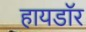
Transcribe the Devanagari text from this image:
हायडॉर